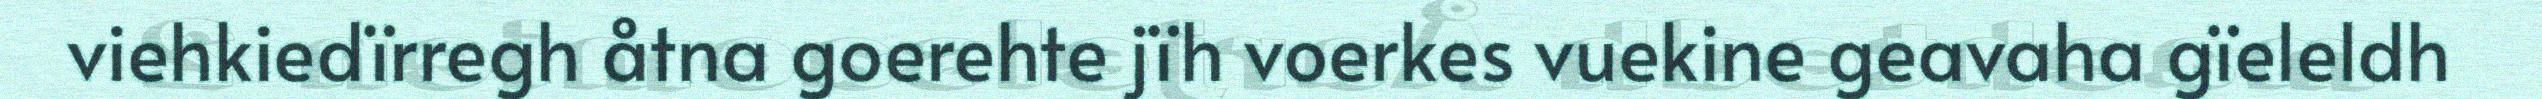
viehkiedïrregh åtna goerehte jïh voerkes vuekine geavaha gïeleldh